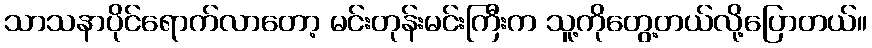
သာသနာပိုင်ရောက်လာတော့ မင်းတုန်းမင်းကြီးက သူ့ကိုတွေ့တယ်လို့ပြောတယ်။